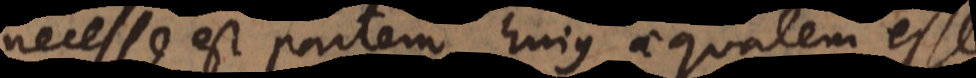
necesse est partem hujus aequalem esse